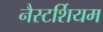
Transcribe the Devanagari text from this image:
नैस्टर्शियम